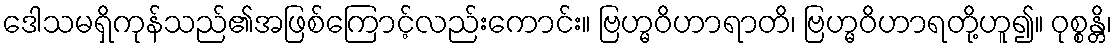
ဒေါသမရှိကုန်သည်၏အဖြစ်ကြောင့်လည်းကောင်း။ ဗြဟ္မဝိဟာရာတိ၊ ဗြဟ္မဝိဟာရတို့ဟူ၍။ ဝုစ္စန္တိ၊